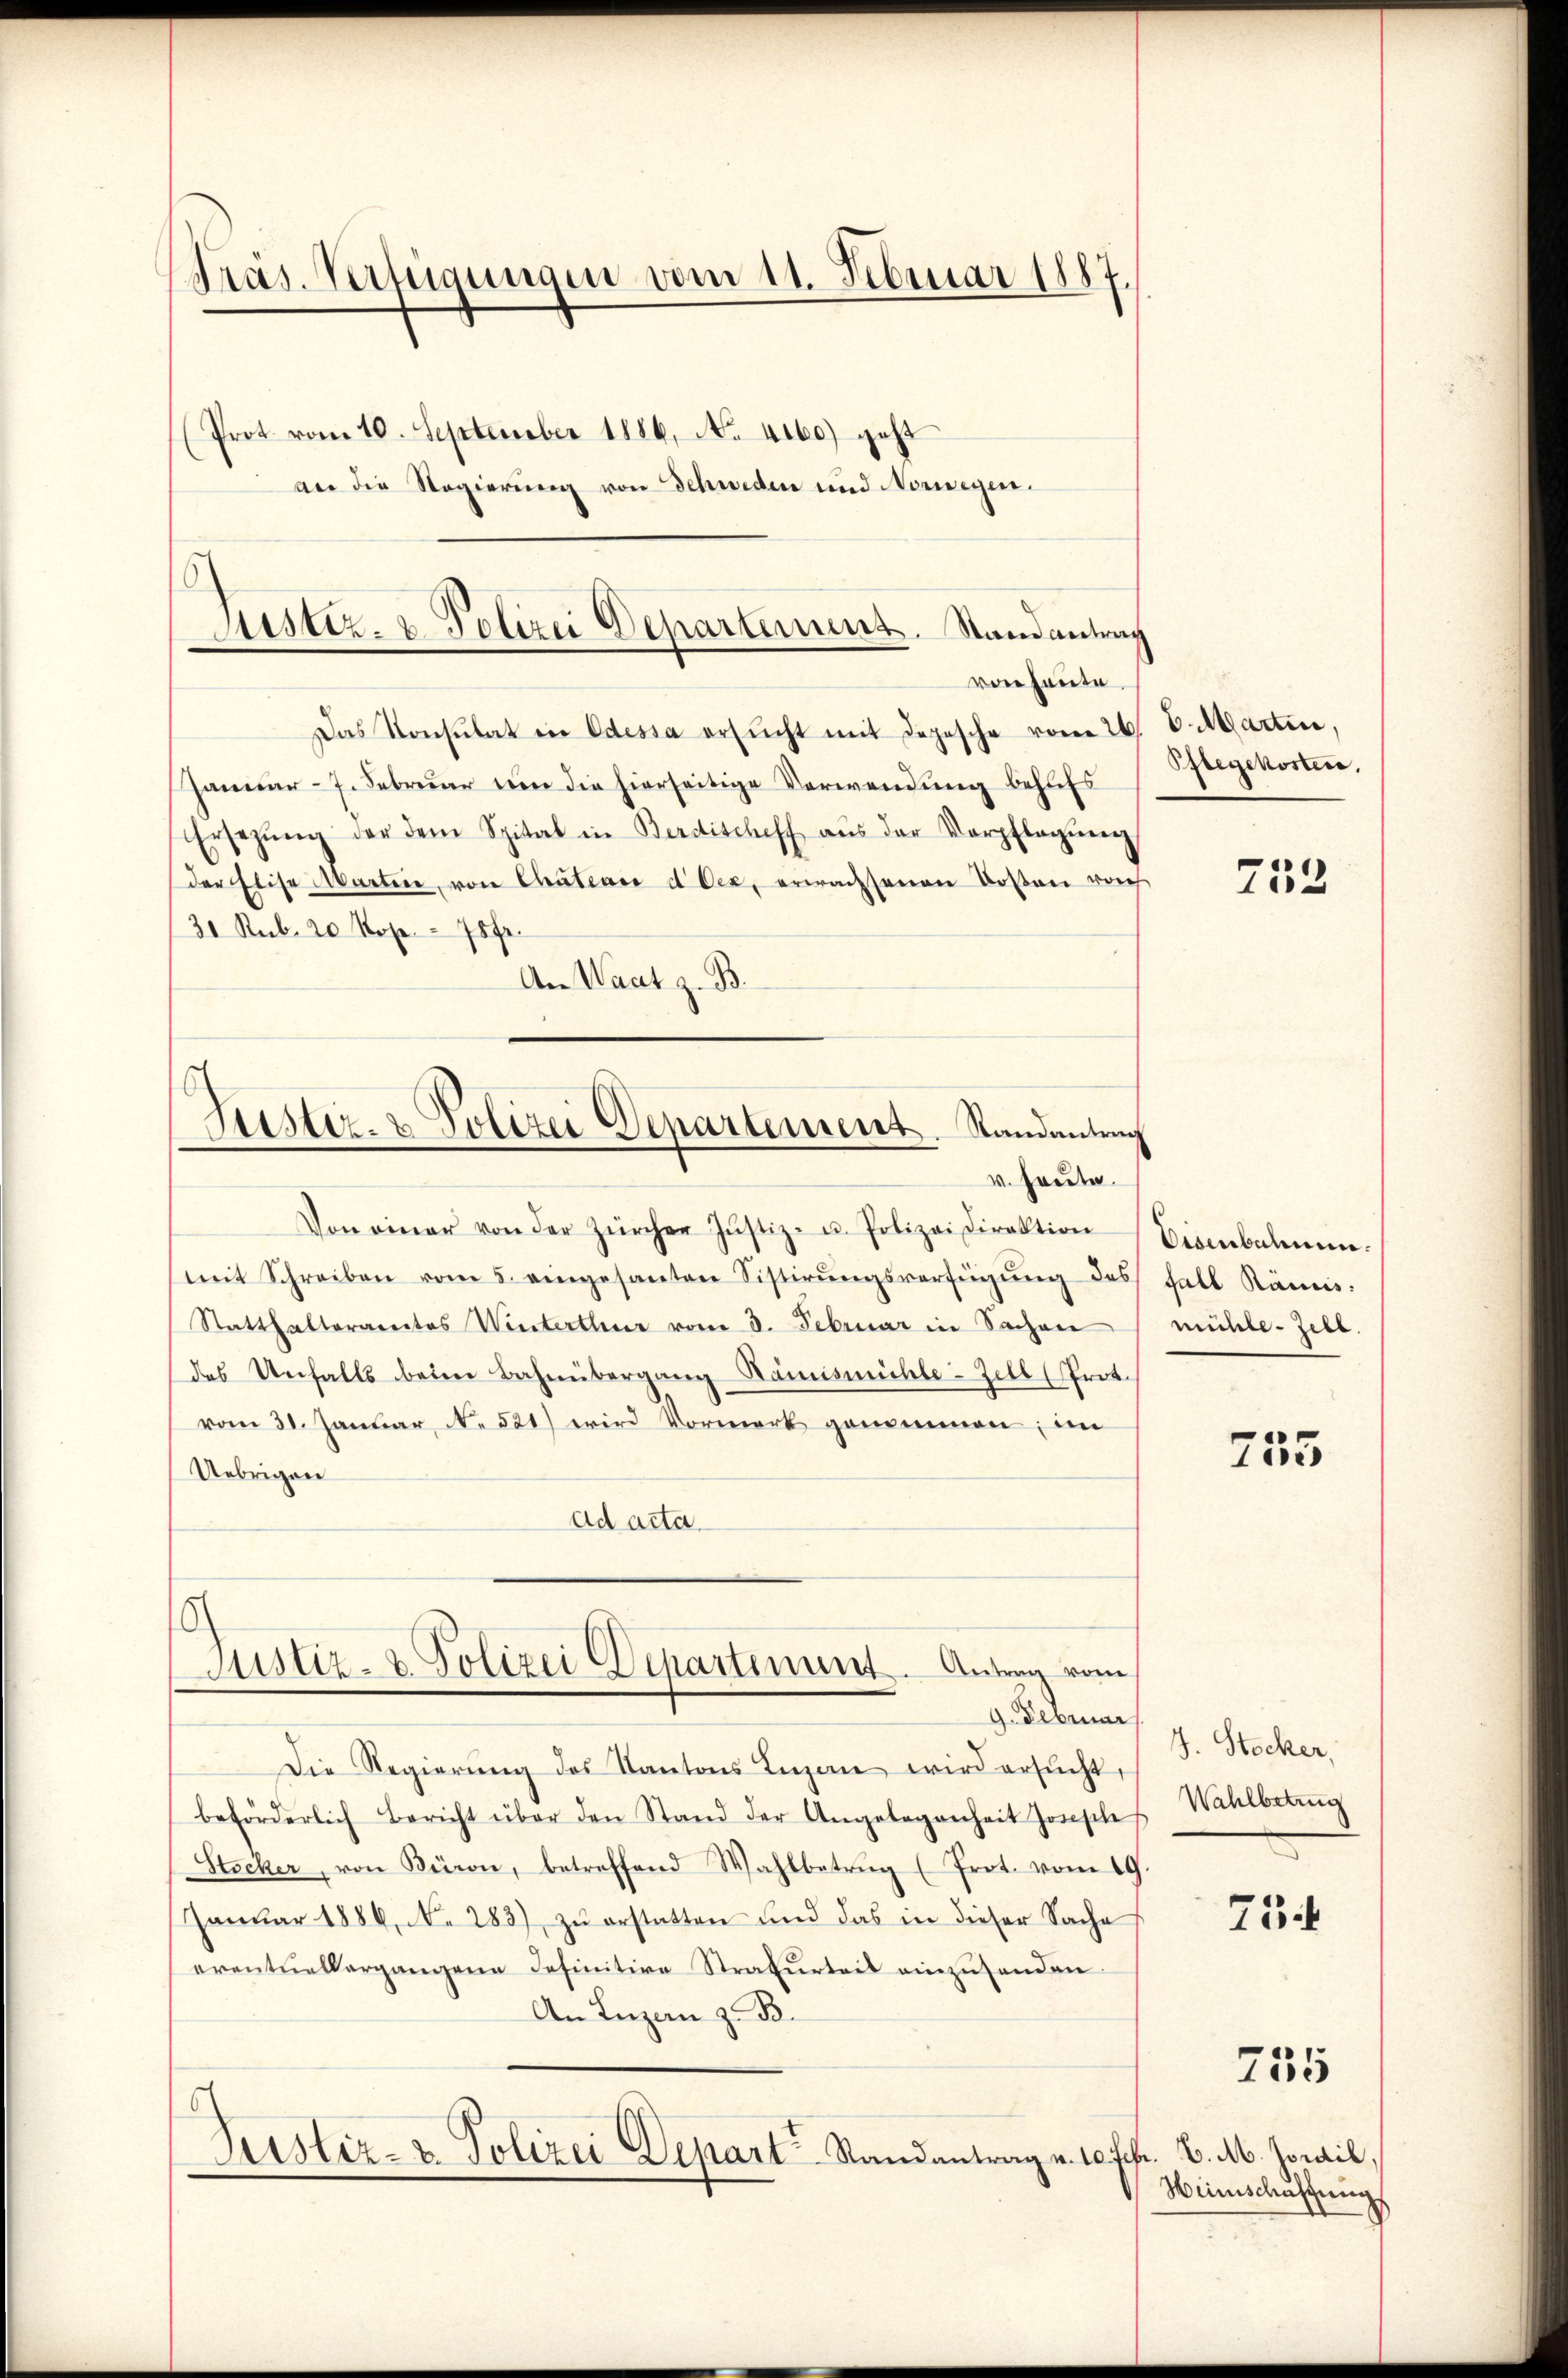
Präs. Verfügungen vom 11. Februar 1887
(Prot vom 10. September 1886, No. 4160) geht
an die Regierung von Schweden und Norwegen.

Justiz- & Polizei Departement. Stand antrag
von heute.

Das Konsulat in Odessa ersŭcht mit Depesche vom 26. v. Martin,
Januar - 7. Februar um die hierseitige Verwendung behufs
Ersetzŭng der dem Spital in Berdischeff aŭs der Vorpflegŭng
der Elise Martin, von Chateau d Oec, erwachsenen Rosen noch
31 Rub. 20 Kope 75 Fr.
An Waat z. B.
Von einer von der Zürcher Justiz- u. Polizei Direktion
mit Schreiben vom 5. eingesanten Sistirŭngsverfügŭng des Fall Rämis.
Statthalteramtes Winterthur vom 3. Februar in Sache
des Unfalls beim Bahnübergang Rämismühle-Zell (Prot.
vom 31. Januar, N. 521) wird Vormerk genommen; im
Uebrigen
ad acta.
Justiz- & Polizei Departement. Antrag vom
9. Februar
Die Regierŭng des Kantons Luzern wird ersŭcht,
beförderlich Bericht über den Stand der Angelegenheit Josephes
Stocker, von Büron, betreffend Wahlbetrug (Prot. vom 19
Janŭar 1886, N. 283), zŭ erstatten und das in dieser Sache
eventuellergangene Definitive Strafurteit einzusenden
An Luzern z. B.
Zustiz- & Polizei Depart-Randantrag u. 10 Febr. v. M. Jorail,

Justiz- & Polizei Departement. Randantrag
v. Heute.

Pflegekosten.

233

Disenbahnen.
mühle Zeit.

755

J. Stocker,
Wahlbetrug

754

735

Heimschustung